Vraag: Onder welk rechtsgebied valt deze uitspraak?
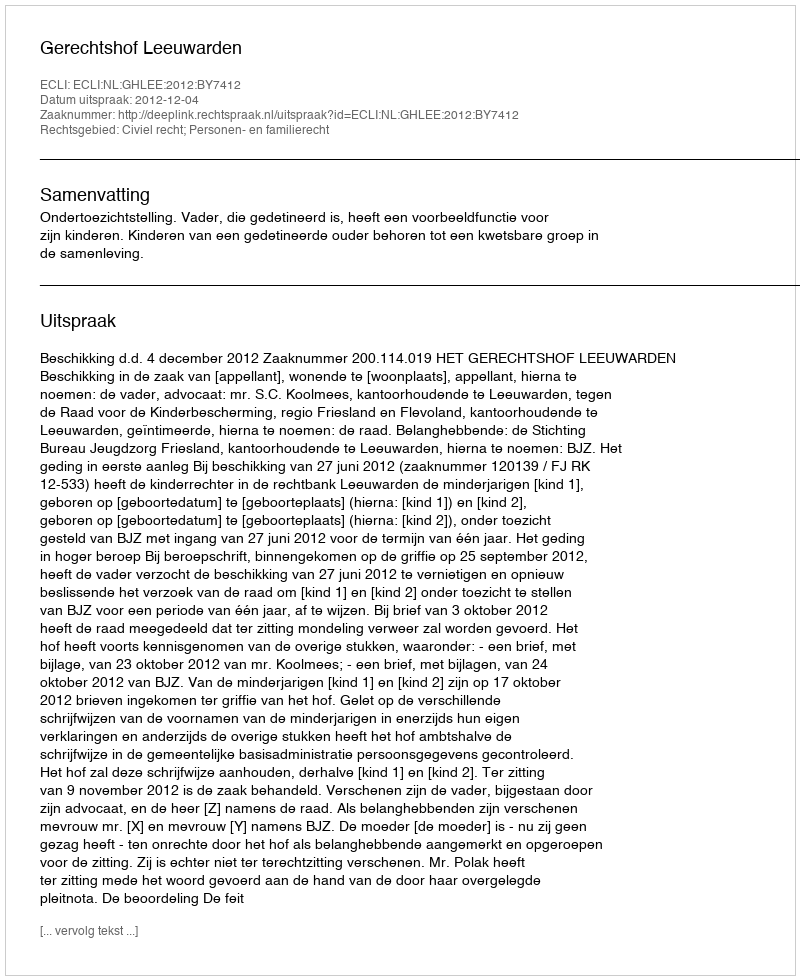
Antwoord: Civiel recht; Personen- en familierecht